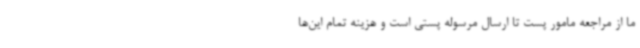
ما از مراجعه مامور پست تا ارسال مرسوله پستی است و هزینه تمام این‌ها